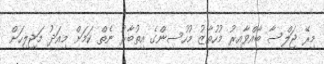
މިރޭ ޖަލްސާ ބާއްވާއިރު މުހުތާޒު މުހުސިންގެ އިތުބާރު ނެތް ކަމަށް މިއަދު މަޖިލިހަށް